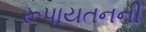
રૂપાયતનની